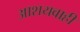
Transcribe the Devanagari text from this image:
आशयवाही